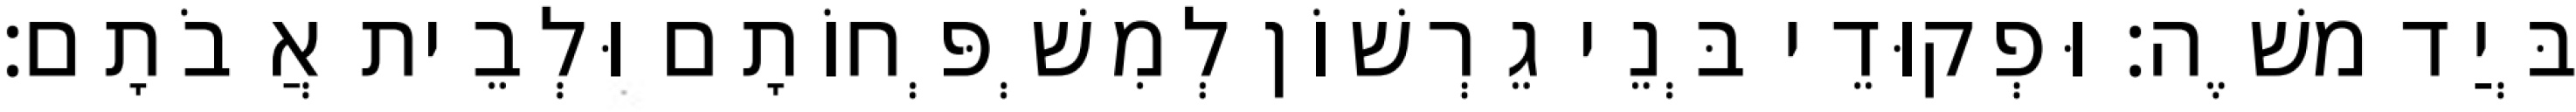
בְּיַד משֶׁה׃ וּפְקוּדֵי בְּנֵי גֵרְשׁוֹן לְמִשְׁפְּחוֹתָם וּלְבֵית אֲבֹתָם׃